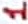
Text: 1